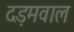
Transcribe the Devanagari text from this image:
दड़मवाल